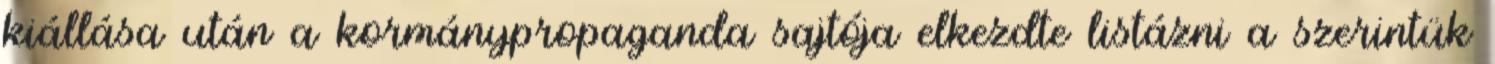
kiállása után a kormánypropaganda sajtója elkezdte listázni a szerintük